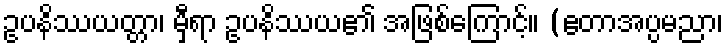
ဥပနိဿယတ္တာ၊ မှီရာ ဥပနိဿယ၏ အဖြစ်ကြောင့်။ (ဧတာအပ္ပမညာ၊